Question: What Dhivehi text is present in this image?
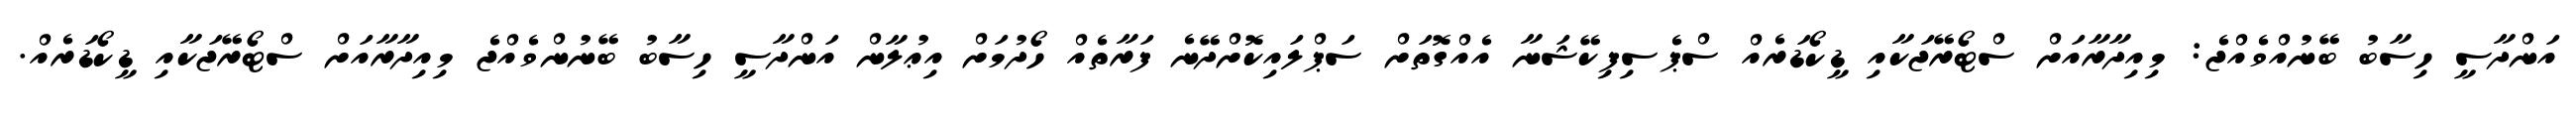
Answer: އަންދާސީ ހިސާބު ބޭނުއްވެއްޖެ: މިއިދާރާއަށް ސްޓޯރޭޖަކާއި ޑީކޯޑަރެއް ސްޕެސިފިކޭޝަނާ އެއްގޮތަށް ސަޕްލައިކޮށްދޭނެ ފަރާތެއް ހޯދުމަށް އިޢުލާން އަންދާސީ ހިސާބު ބޭނުންވެއްޖެ މިއިދާރާއަށް ސްޓޯރޭޖަކާއި ޑީކޯޑަރެއް.